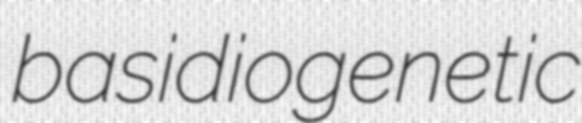
basidiogenetic